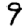
Digit: 9